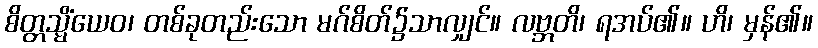
စိတ္တသ္မိံယေဝ၊ တစ်ခုတည်းသော မဂ်စိတ်၌သာလျှင်။ လဗ္ဘတိ၊ ရအပ်၏။ ဟိ၊ မှန်၏။